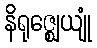
နိရုဇ္ဈေယျုံ